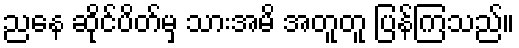
ညနေ ဆိုင်ပိတ်မှ သားအမိ အတူတူ ပြန်ကြသည်။